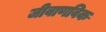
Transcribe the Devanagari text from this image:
जीवाणविक